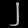
Digit: ၂